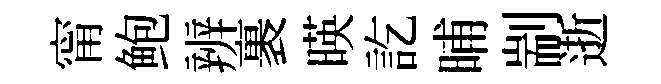
甯鲍辨裹暎訖晡剬逝